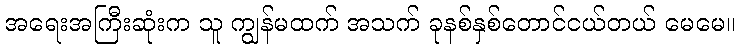
အရေးအကြီးဆုံးက သူ ကျွန်မထက် အသက် ခုနစ်နှစ်တောင်ငယ်တယ် မေမေ။